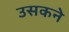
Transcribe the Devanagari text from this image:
उसकने